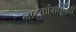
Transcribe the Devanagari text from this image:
नाटकांमधूनही